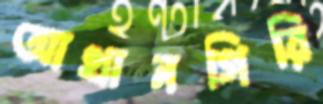
আথানগিরি